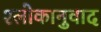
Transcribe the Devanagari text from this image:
श्‍लोकानुवाद